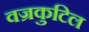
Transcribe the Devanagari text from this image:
वज्रकुटिल